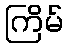
ကြိမ်